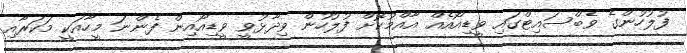
ފުލުހުންގެ ވެބްސައިޓްގައި ވީޑިއޯއެއް އާއްމުކޮށް ފުލުހުން ވިދާޅުވީ ވީޑިއޯއިން ފެންނަ މީހާއަކީ މަކަރާއި